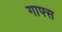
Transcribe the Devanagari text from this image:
गाफ्स